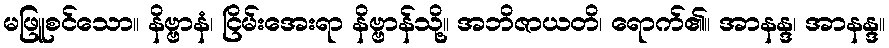
မဖြူစင်သော။ နိဗ္ဗာနံ၊ ငြိမ်းအေးရာ နိဗ္ဗာန်သို့။ အဘိဇာယတိ၊ ရောက်၏။ အာနန္ဒ၊ အာနန္ဒ။